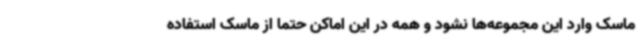
ماسک وارد این مجموعه‌ها نشود و همه در این اماکن حتماً از ماسک استفاده